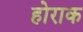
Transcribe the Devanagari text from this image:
होराक